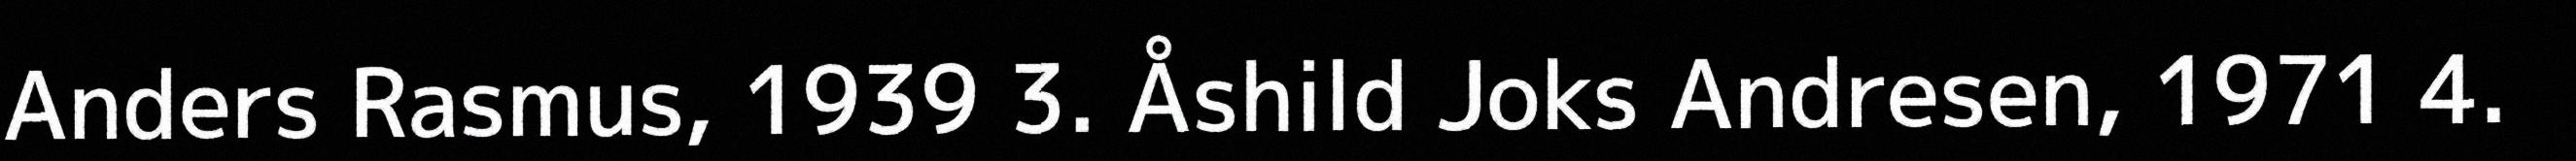
Anders Rasmus, 1939 3. Åshild Joks Andresen, 1971 4.